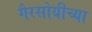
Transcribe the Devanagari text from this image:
गैरसोयीच्या